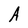
Character: A